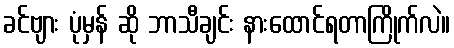
ခင်ဗျား ပုံမှန် ဆို ဘာသီချင်း နားထောင်ရတာကြိုက်လဲ။